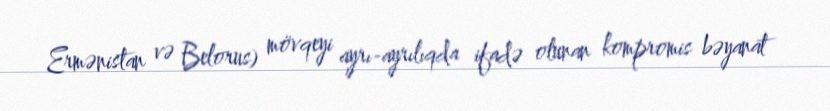
Ermənistan və Belorus) mövqeyi ayrı-ayrılıqda ifadə olunan kompromis bəyanat